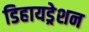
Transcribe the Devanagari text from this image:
डिहायड्रेशन